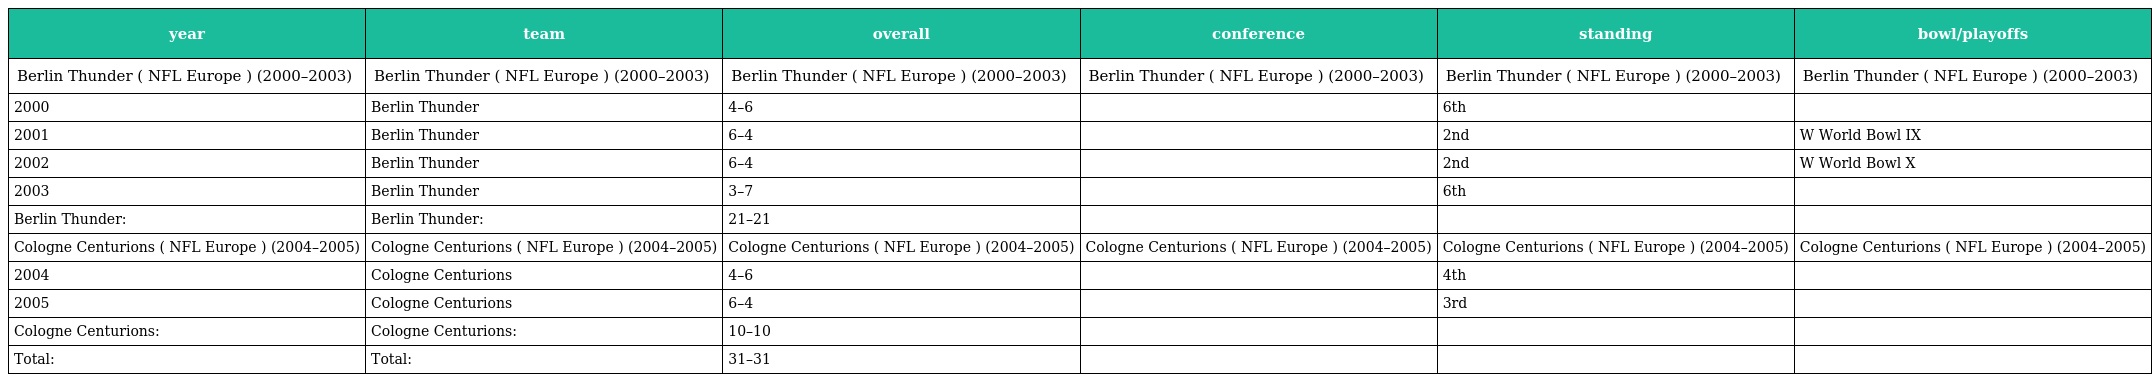
| year | team | overall | conference | standing | bowl/playoffs |
 | --- | --- | --- | --- | --- | --- |
 | Berlin Thunder ( NFL Europe ) (2000–2003) | Berlin Thunder ( NFL Europe ) (2000–2003) | Berlin Thunder ( NFL Europe ) (2000–2003) | Berlin Thunder ( NFL Europe ) (2000–2003) | Berlin Thunder ( NFL Europe ) (2000–2003) | Berlin Thunder ( NFL Europe ) (2000–2003) |
 | 2000 | Berlin Thunder | 4–6 |  | 6th |  |
 | 2001 | Berlin Thunder | 6–4 |  | 2nd | W World Bowl IX |
 | 2002 | Berlin Thunder | 6–4 |  | 2nd | W World Bowl X |
 | 2003 | Berlin Thunder | 3–7 |  | 6th |  |
 | Berlin Thunder: | Berlin Thunder: | 21–21 |  |  |  |
 | Cologne Centurions ( NFL Europe ) (2004–2005) | Cologne Centurions ( NFL Europe ) (2004–2005) | Cologne Centurions ( NFL Europe ) (2004–2005) | Cologne Centurions ( NFL Europe ) (2004–2005) | Cologne Centurions ( NFL Europe ) (2004–2005) | Cologne Centurions ( NFL Europe ) (2004–2005) |
 | 2004 | Cologne Centurions | 4–6 |  | 4th |  |
 | 2005 | Cologne Centurions | 6–4 |  | 3rd |  |
 | Cologne Centurions: | Cologne Centurions: | 10–10 |  |  |  |
 | Total: | Total: | 31–31 |  |  |  |